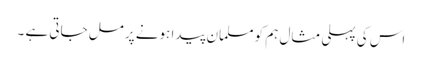
اس کی پہلی مثال ہم کو مسلمان پیدا ہونے پر مل جاتی ہے ۔